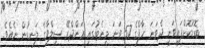
ބޮޑުކޮށްފައިވަނީ ދެވަނަ ހާފްގެ 57 ވަނަ މިނެޓުގައި އަންދްރޭ ސިލްވާގެ ލަނޑުން ނެއެވެ.